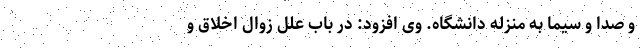
و صدا و سیما به منزله دانشگاه. وی افزود: در باب علل زوال اخلاق و